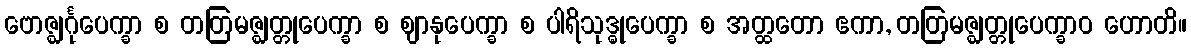
ဗောဇ္ဈင်္ဂုပေက္ခာ စ တတြမဇ္ဈတ္တုပေက္ခာ စ ဈာနုပေက္ခာ စ ပါရိသုဒ္ဓုပေက္ခာ စ အတ္ထတော ဧကာ, တတြမဇ္ဈတ္တုပေက္ခာဝ ဟောတိ။